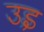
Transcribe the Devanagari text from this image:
उइ